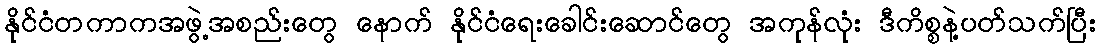
နိုင်ငံတကာကအဖွဲ့အစည်းတွေ နောက် နိုင်ငံရေးခေါင်းဆောင်တွေ အကုန်လုံး ဒီကိစ္စနဲ့ပတ်သက်ပြီး